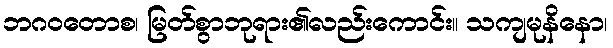
ဘဂဝတောစ၊ မြတ်စွာဘုရား၏လည်းကောင်း။ သကျမုနိနော၊